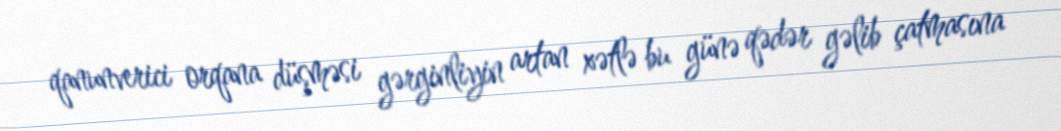
qanunverici orqana düşməsi gərginliyin artan xətlə bu günə qədər gəlib çatmasına